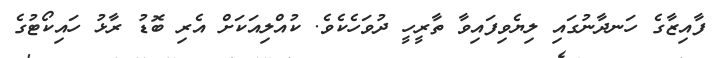
ފާއިޒާގެ ހަނދާނުގައި ލިޔެވިފައިވާ ތާރީހީ ދުވަހެކެވެ. ކުއްލިއަކަށް އެރި ބޮޑު ރާޅު ހައިކޯޓުގެ